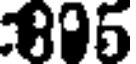
895